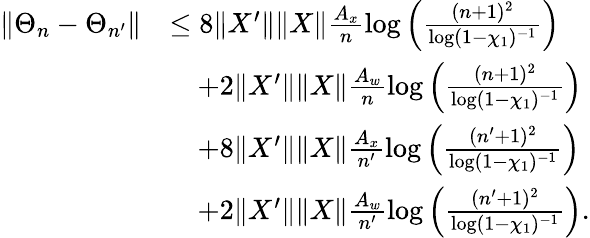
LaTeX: \begin{array}{rl}{\| \Theta_{n}-\Theta_{n^{\prime}}\| }&{\leq 8\| X^{\prime}\| \| X\| \frac{A_{x}}{n}\log\left(\frac{(n+1)^{2}}{\log(1-\chi_{1})^{-1}}\right)}\\ &{\quad+2\| X^{\prime}\| \| X\| \frac{A_{w}}{n}\log\left(\frac{(n+1)^{2}}{\log(1-\chi_{1})^{-1}}\right)}\\ &{\quad+8\| X^{\prime}\| \| X\| \frac{A_{x}}{n^{\prime}}\log\left(\frac{(n^{\prime}+1)^{2}}{\log(1-\chi_{1})^{-1}}\right)}\\ &{\quad+2\| X^{\prime}\| \| X\| \frac{A_{w}}{n^{\prime}}\log\left(\frac{(n^{\prime}+1)^{2}}{\log(1-\chi_{1})^{-1}}\right).}\end{array}